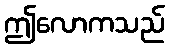
ဤလောကသည်